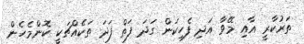
ތަރުކާރީ އާއި މޭވާ އަދި ފެހިކަން ގަދަ ފަތް ފަދަ ތަކެއްޗަކީ ކޮންމެހެން